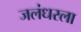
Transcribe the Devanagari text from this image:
जलंधरला